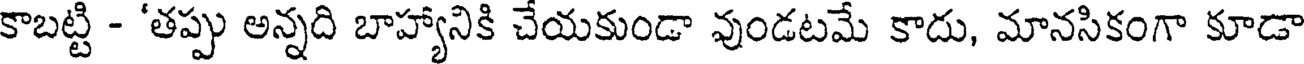
కాబట్టి - 'తప్పు అన్నది బాహ్యానికి చేయకుండా వుండటమే కాదు, మానసికంగా కూడా